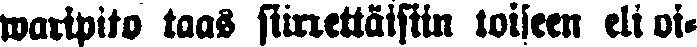
waripito taas siirrettäisiin toiseen eli oi-